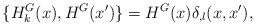
\begin{align*}{}\{ H^G_k(x), H^G(x')\} = H^G(x) {\delta}_{,l} (x,x'),\end{align*}